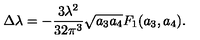
\Delta \lambda = - \frac { 3 \lambda ^ { 2 } } { 3 2 \pi ^ { 3 } } \sqrt { a _ { 3 } a _ { 4 } } F _ { 1 } ( a _ { 3 } , a _ { 4 } ) .